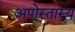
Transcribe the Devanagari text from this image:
अपोस्तास्य